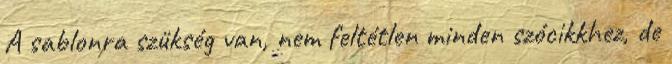
A sablonra szükség van, nem feltétlen minden szócikkhez, de